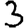
Digit: 3